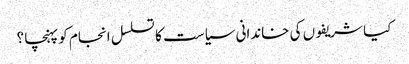
کیا شریفوں کی خاندانی سیاست کا تسلسل انجام کو پہنچا ؟